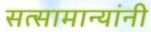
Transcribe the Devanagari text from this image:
सत्सामान्यांनी